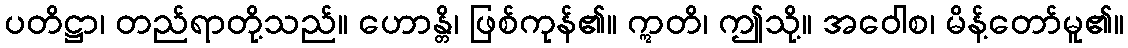
ပတိဋ္ဌာ၊ တည်ရာတို့သည်။ ဟောန္တိ၊ ဖြစ်ကုန်၏။ ဣတိ၊ ဤသို့။ အဝေါစ၊ မိန့်တော်မူ၏။